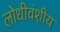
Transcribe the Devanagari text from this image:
लोधीवंशीय